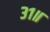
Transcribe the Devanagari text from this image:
३१॥